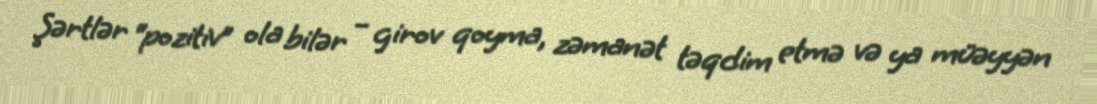
Şərtlər “pozitiv” ola bilər – girov qoyma, zəmanət təqdim etmə və ya müəyyən